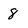
Character: 8